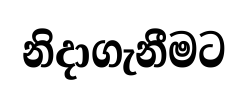
නිදාගැනීමට